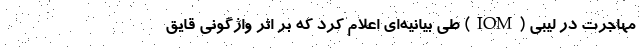
مهاجرت در لیبی (IOM) طی بیانیه‌ای اعلام کرد که بر اثر واژگونی قایق